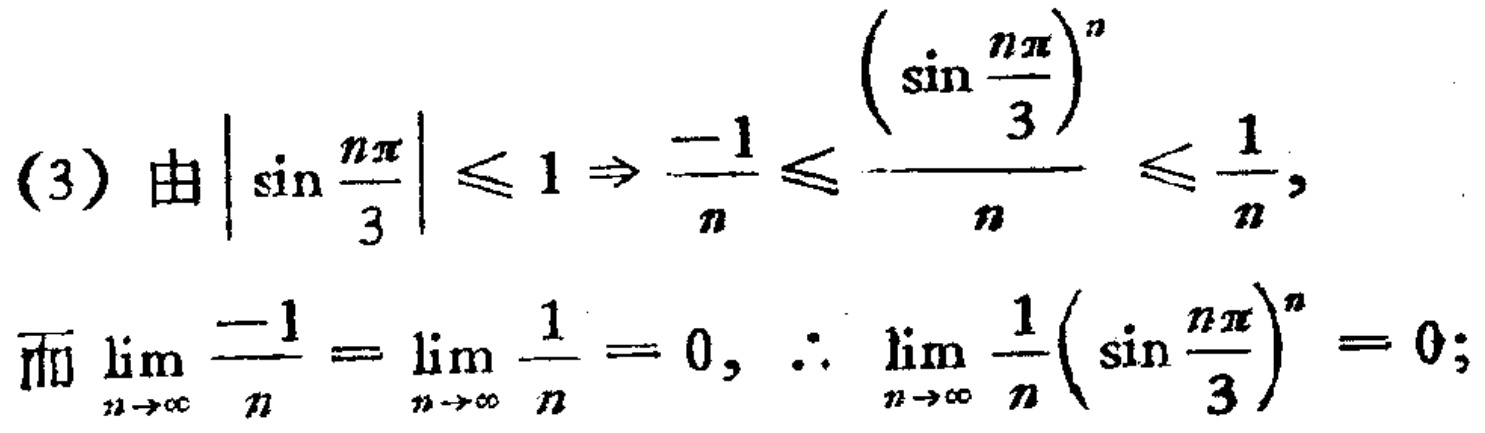
(3) 由$\left|\sin\frac{n\pi}{3}\right|\leq 1 \Rightarrow \frac{-1}{n}\leq \frac{\left(\sin\frac{n\pi}{3}\right)^n}{n}\leq \frac{1}{n},$

而$\lim_{n \to \infty} \frac{-1}{n} = \lim_{n \to \infty} \frac{1}{n} = 0, \therefore \lim_{n \to \infty} \frac{1}{n}\left(\sin\frac{n\pi}{3}\right)^n = 0;$